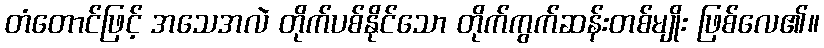
တံတောင်ဖြင့် အသေအလဲ တိုက်ပစ်နိုင်သော တိုက်ကွက်ဆန်းတစ်မျိုး ဖြစ်လေ၏။